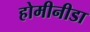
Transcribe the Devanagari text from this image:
होमीनीडा